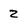
Character: 2